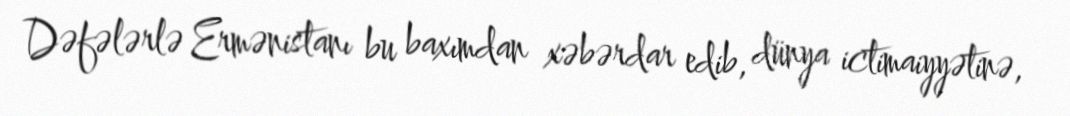
Dəfələrlə Ermənistanı bu baxımdan xəbərdar edib, dünya ictimaiyyətinə,